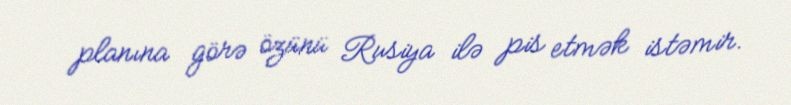
planına görə özünü Rusiya ilə pis etmək istəmir.